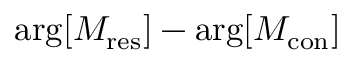
{ \arg } [ M _ { \mathrm { { r e s } } } ] - { \arg } [ M _ { \mathrm { { c o n } } } ]